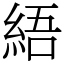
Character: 𦀡